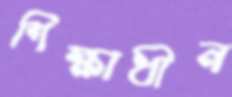
শিক্ষাধীন